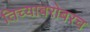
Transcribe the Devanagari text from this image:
तिच्याबरोबरच